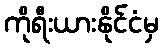
ကိုရီးယားနိုင်ငံမှ